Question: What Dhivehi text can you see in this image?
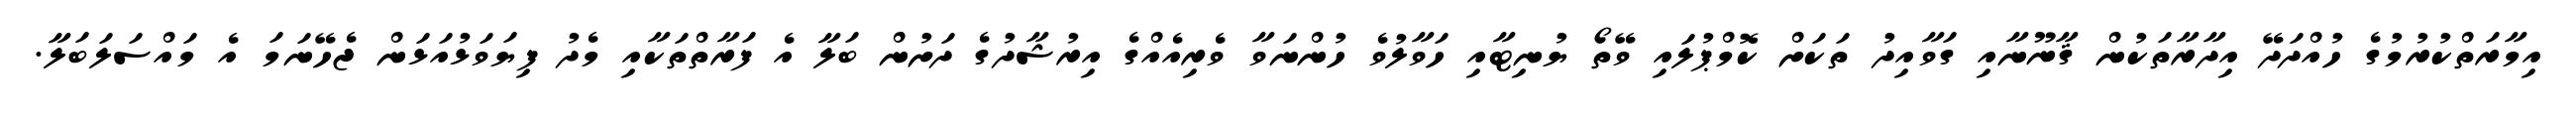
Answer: އިމާރަތްކުރުމުގެ ހުއްދަދޭ އިދާރާތަކުން ޤާނޫނާއި ގަވާއިދު ތަކަށް ކޮމްޕުލައި ވޭތޯ ޔުނިޓާއި ހަވާލުވެ ހުންނަވާ ވެރިއެއްގެ އިރުޝާދުގެ ދަށުން ބަލާ އެ ފަރާތްތަކާއި މެދު ފިޔަވަޅުއަޅަން ޖެހޭނަމަ އެ މައްސަލަބަލާ.